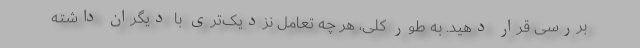
بررسی قرار دهید. به طور کلی، هر چه تعامل نزدیک‌تری با دیگران داشته